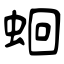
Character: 蛔